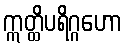
ဣတ္ထိပရိဂ္ဂဟော